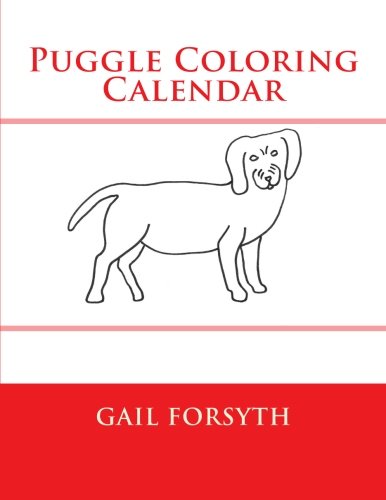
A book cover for Puggle Coloring Calendar; Gail Forsyth; Calendars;